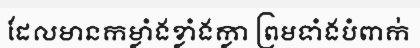
ដែលមានកម្លាំងខ្លាំងក្លា ព្រមទាំងបំពាក់